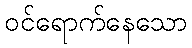
ဝင်ရောက်နေသော